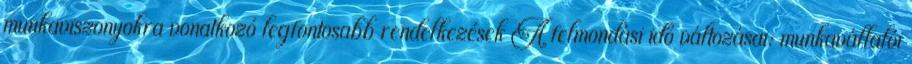
munkaviszonyokra vonatkozó legfontosabb rendelkezések A felmondási idő változásai: munkavállalói